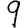
Digit: 9